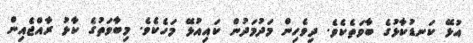
އުޅޭ ކަނޑުކާޅުގެ ބާވަތެކެވެ. ދިވެހިން މަދުމަދުން ކައިއުޅޭ މަހެކެވެ. މިބާވަތުގެ ކާޅު ރާއްޖެއިން